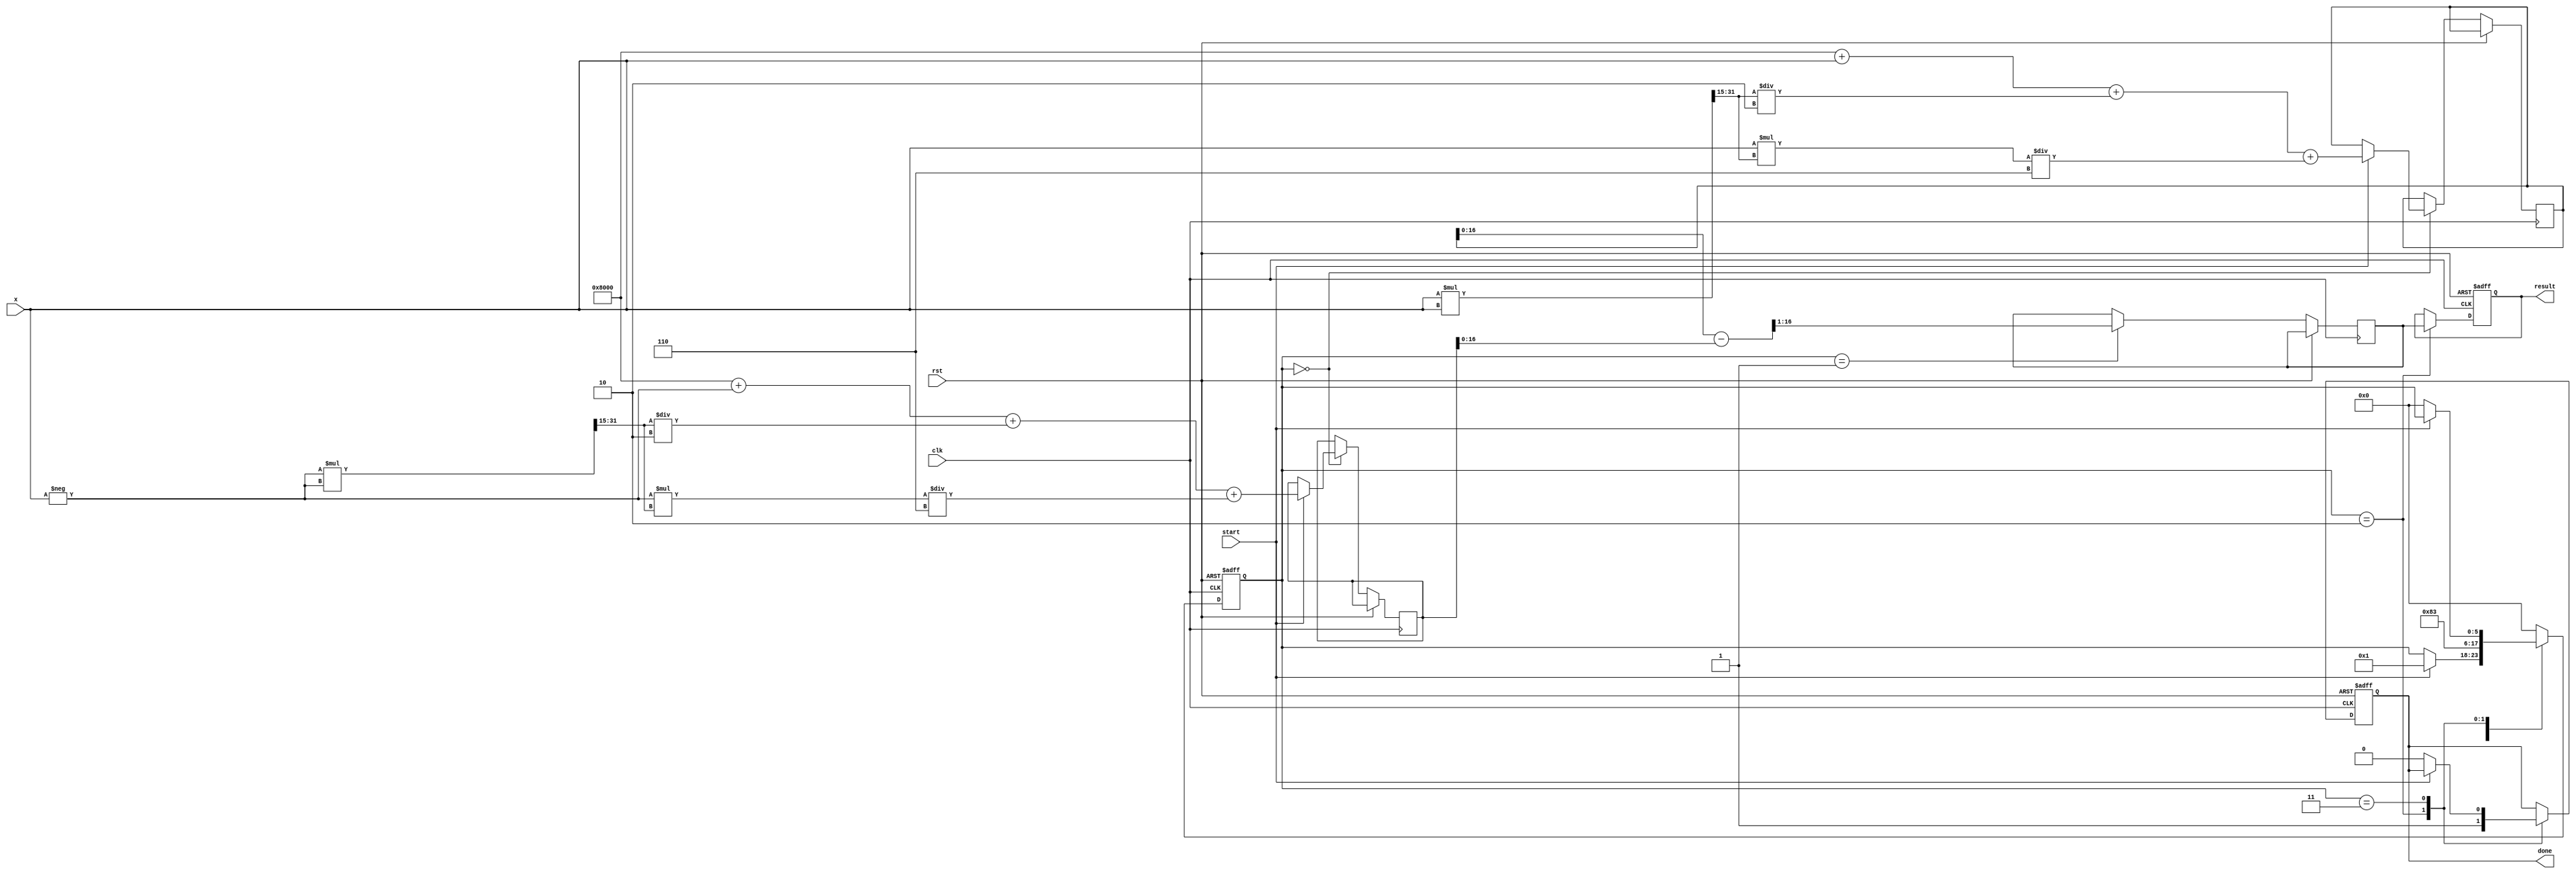
module sinh_block (
    input        clk,
    input        rst,
    input        start,
    input  [15:0] x,         // Fixed-point input (Q1.15 format)
    output reg [15:0] result, // Fixed-point output (Q1.15 format)
    output reg done          // Signal to indicate computation is done
);

    // Internal registers
    reg [31:0] exp_x;    // 32-bit to hold e^x
    reg [31:0] exp_neg_x; // 32-bit to hold e^-x
    reg [5:0] state;     // State for FSM
    reg [15:0] temp_result;

    // State definitions
    localparam IDLE      = 0,
               CALC_EXP  = 1,
               CALC_SINH = 2,
               DONE      = 3;

    // Taylor Series Approximation for e^x: e^x = 1 + x + x^2/2! + x^3/3! + ...
    // For simplicity, we will limit the series to 3 terms

    function [31:0] exp_approx;
        input [15:0] x;
        reg [31:0] x2;
        begin
            x2 = x * x >>> 15; // x^2 (adjust for fixed-point)
            exp_approx = (1 << 15) + x + (x2 / 2) + (x * x2 / 6); // e^x approximation
        end
    endfunction

    always @(posedge clk or posedge rst) begin
        if (rst) begin
            state <= IDLE;
            result <= 0;
            done <= 0;
        end else begin
            case (state)
                IDLE: begin
                    if (start) begin
                        exp_x <= exp_approx(x);
                        exp_neg_x <= exp_approx(-x); // Approximate e^-x
                        state <= CALC_EXP;
                    end
                end
                CALC_EXP: begin
                    temp_result <= (exp_x - exp_neg_x) >>> 1; // (e^x - e^-x) / 2
                    state <= CALC_SINH;
                end
                CALC_SINH: begin
                    result <= temp_result;
                    done <= 1;
                    state <= DONE;
                end
                DONE: begin
                    if (!start) begin
                        done <= 0;
                        state <= IDLE;
                    end
                end
                default: state <= IDLE;
            endcase
        end
    end

endmodule